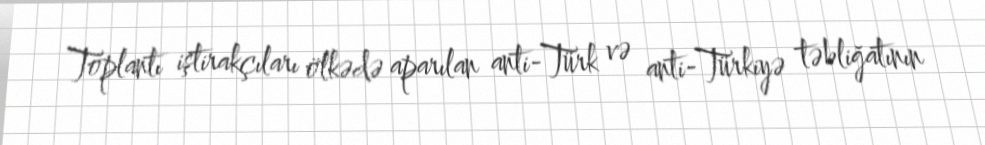
Toplantı iştirakçıları ölkədə aparılan anti-Türk və anti-Türkiyə təbliğatının